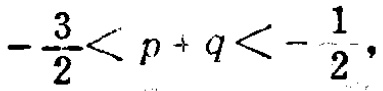
\(-\frac{3}{2}<p + q<-\frac{1}{2},\)